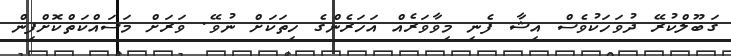
ގަބޫލްކުރޭ ދުވަހަކުވެސް އިޝާ ފެނި މިވާވަރެއް އަހަރެންގެ ހިތަކަށް ނުވޭ. ވަރަށް މަސައްކަތްކޮށްފިން